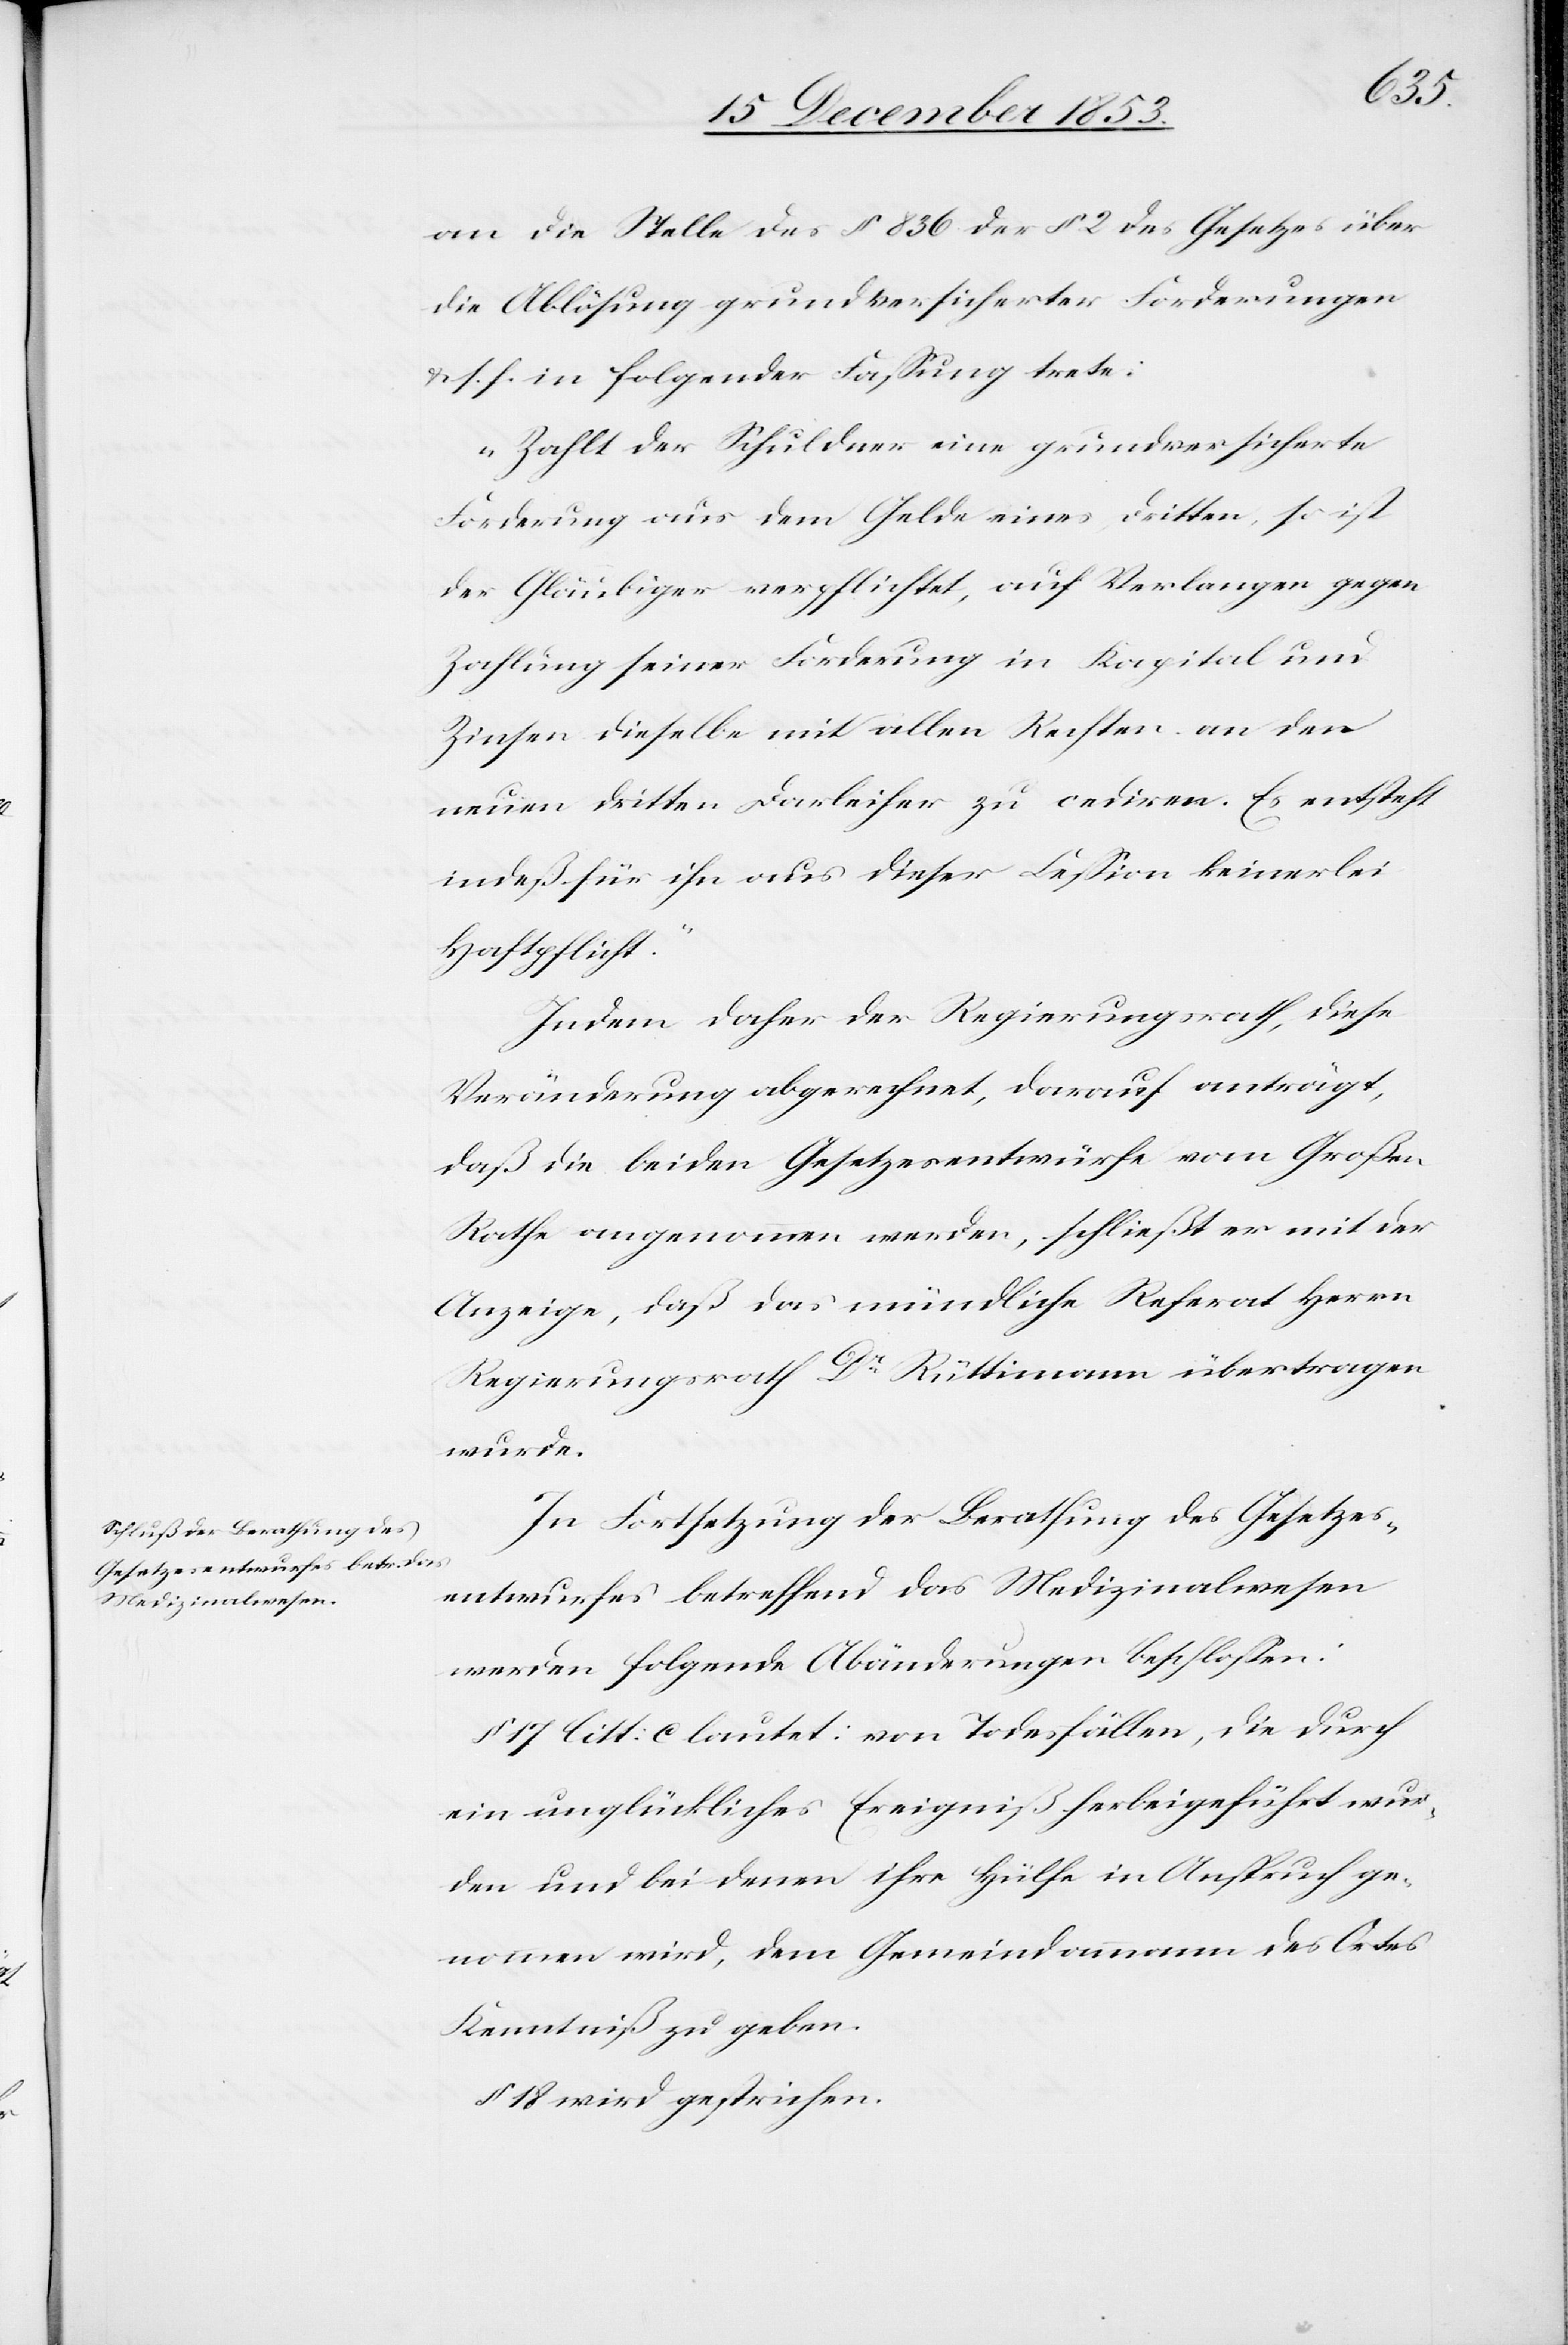
an die Stelle des § 836 der § 2 des Gesetzes über
die Ablösung grundversicherter Forderungen
u. s. f. in folgender Faßung trete:
„Zahlt der Schuldner eine grundversicherte
Forderung aus dem Gelde eines dritten, so ist
der Gläubiger verpflichtet, auf Verlangen gegen
Zahlungen seiner Forderungen in Kapital und
Zinsen dieselbe mit allen Rechten an den
neuen dritten Darleiher zu cediren. Es entsteht
indeß für ihn aus dieser Ceßion keinerlei
Haftpflicht.“
Indem daher der Regierungsrath, diese
Veränderung abgerechnet, darauf anträgt,
daß die beiden Gesetzesentwürfe vom Großen
Rathe angenommen werden, schließt er mit der
Anzeige, daß das mündliche Referat Herrn
Regierungsrath Dr. Rüttimann übertragen
wurde.
In Fortsetzung der Berathung des Gesetzes¬
entwurfes betreffend das Medizinalwesen
werden folgende Abänderungen beschloßen:
§ 17 litt: c lautet: von Todesfällen, die durch
ein unglückliches Ereigniß herbeigeführt wur¬
den und bei denen ihre Hülfe in Anspruch ge¬
nommen wird, dem Gemeindammann des Ortes
Kenntniß zu geben.
§ 18 wird gestrichen.